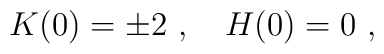
K(0)=\pm 2 \ , \quad H(0)=0\ ,